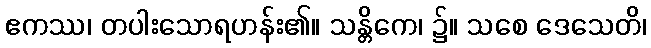
ဧကဿ၊ တပါးသောရဟန်း၏။ သန္တိကေ၊ ၌။ သစေ ဒေသေတိ၊